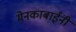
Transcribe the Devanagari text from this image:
मेनकाबाईंनी